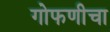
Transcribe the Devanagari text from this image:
गोफणीचा